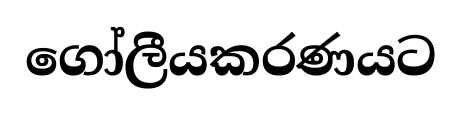
ගෝලීයකරණයට